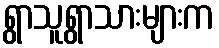
ရွာသူရွာသားများက